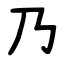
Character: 乃